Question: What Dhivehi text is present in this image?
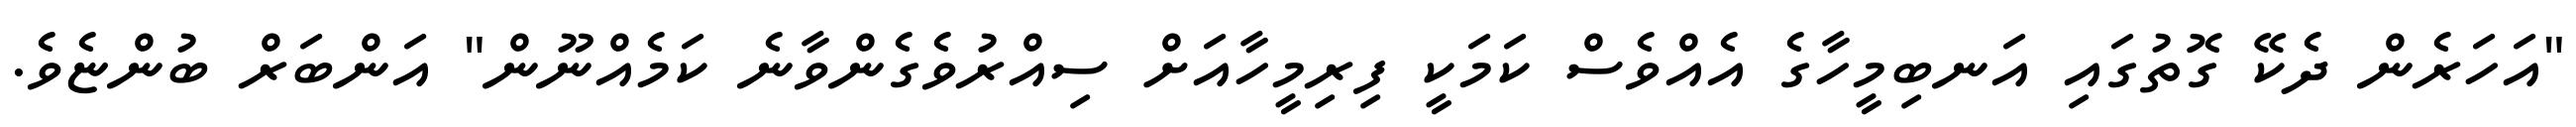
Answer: "އަހަރެން ދެކޭ ގޮތުގައި އަނބިމީހާގެ އެއްވެސް ކަމަކީ ފިރިމީހާއަށް ސިއްރުވެގެންވާނެ ކަމެއްނޫން" އަންބަރް ބުންޏެވެ.